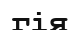
гія